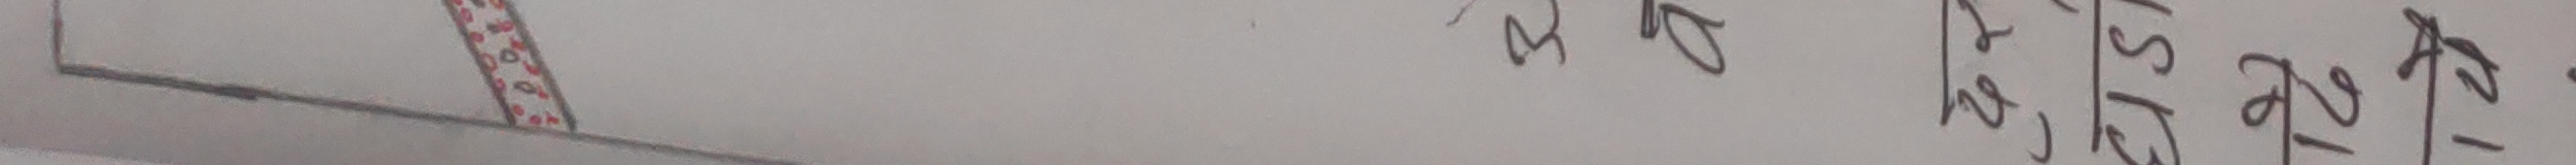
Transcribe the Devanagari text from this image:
भ १
२ | अ
५ इ
१० अ
१५ अ